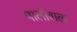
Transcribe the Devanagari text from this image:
पालीवाला